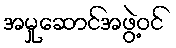
အမှုဆောင်အဖွဲ့ဝင်